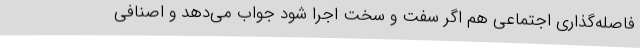
فاصله‌گذاری اجتماعی هم اگر سفت و سخت اجرا شود جواب می‌دهد و اصنافی